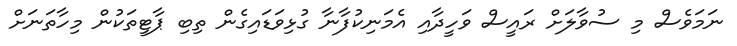
ނަމަވެސް މި ސުވާލަށް ރައީސް ވަހީދާއި އެމަނިކުފާނާ ގުޅިވަޑައިގެން ތިބި ޕާޓީތަކުން މިހާތަނަށް